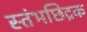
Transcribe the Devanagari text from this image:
स्तंभछिद्रक